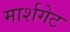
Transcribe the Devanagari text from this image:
मार्शगेट